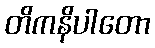
တိကနိပါတော